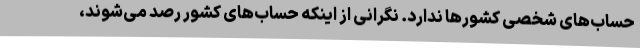
حساب‌های شخصی کشورها ندارد. نگرانی از اینکه حساب‌های کشور رصد می‌شوند،